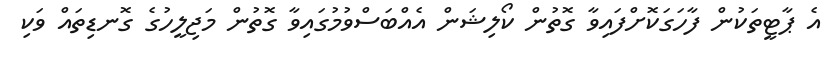
އެ ޕާޓީތަކުން ފާހަގަކޮށްފައިވާ ގޮތުން ކޯލިޝަން އެއްބަސްވުމުގައިވާ ގޮތުން މަޖިލީހުގެ ގޮނޑިތައް ވަކި